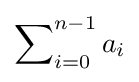
\sum \nolimits _{i=0}^{n-1}a_{i}